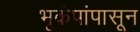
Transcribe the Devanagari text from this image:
भूकंपांपासून